Code of medical and sanitary regulations for the guidance of medical officers serving in the Madras Presidency - Volume I
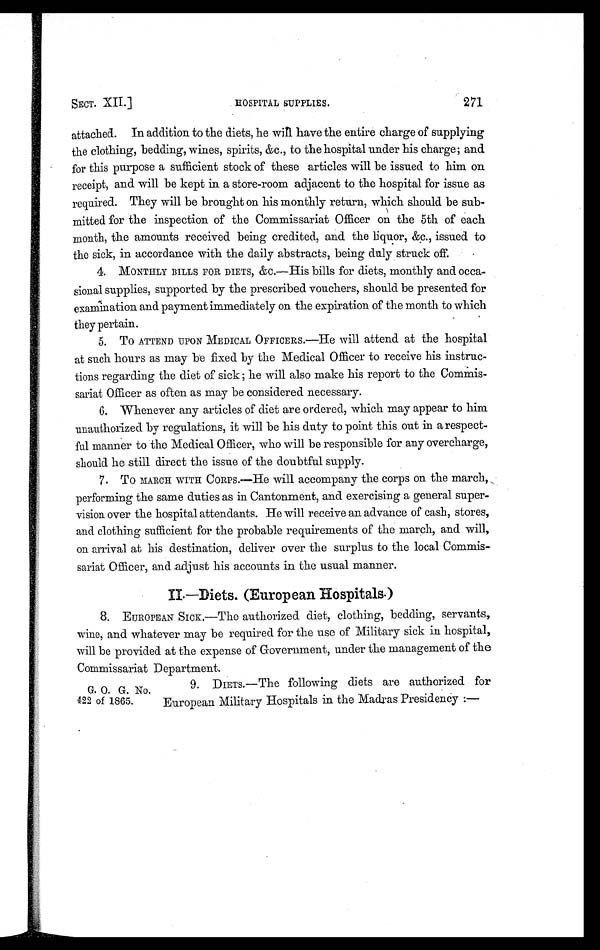
SECT. XII.]
HOSPITAL SUPPLIES.
271
attached. In addition to the diets, he will have the entire charge of supplying
the clothing, bedding, wines, spirits, &c., to the hospital under his charge; and
for this purpose a sufficient stock of these articles will be issued to him on
receipt, and will be kept in a store-room adjacent to the hospital for issue as
required. They will be brought on his monthly return, which should be sub-
mitted for the inspection of the Commissariat Officer on the 5th of each
month, the amounts received being credited, and the liquor, &c., issued to
the sick, in accordance with the daily abstracts, being duly struck off.
4.
MONTHLY BILLS FOR DIETS, &c.—His bills for diets, monthly and occa-
sional supplies, supported by the prescribed vouchers, should be presented for
examination and payment immediately on the expiration of the month to which
they pertain.
5. To ATTEND UPON MEDICAL OFFICERS.—He will attend at the hospital
at such hours as may be fixed by the Medical Officer to receive his instruc-
tions regarding the diet of sick ; he will also make his report to the Commis-
sariat Officer as often as may be considered necessary.
6. Whenever any articles of diet are ordered, which may appear to him
unauthorized by regulations, it will be his duty to point this out in a respect-
ful manner to the Medical Officer, who will be responsible for any overcharge,
should he still direct the issue of the doubtful supply.
7. To MARCH WITH CORPS. —He will accompany the corps on the march,
performing the same duties as in Cantonment, and exercising a general super-
vision over the hospital attendants. He will receive an advance of cash, stores,
and clothing sufficient for the probable requirements of the march, and will,
on arrival at his destination, deliver over the surplus to the local Commis-
sariat Officer, and adjust his accounts in the usual manner.
IL—Diets. (European Hospitals.)
8.
EUROPEAN SICK.—The authorized diet, clothing, bedding, servants,
wine, and whatever may be required for the use of Military sick in hospital,
will be provided at the expense of Government, under the management of the
Commissariat Department.
9. DIETs.—The following diets are authorized for
European Military Hospitals in the Madras Presidency :—
G. 0. G. No.
422 of 1865.